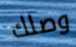
وصلك